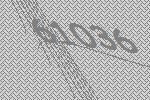
61036